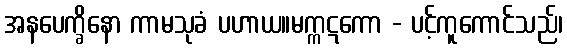
အနပေက္ခိနော ကာမသုခံ ပဟာယ။မက္ကဋကော - ပင့်ကူကောင်သည်၊